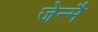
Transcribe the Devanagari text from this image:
जेन्मै